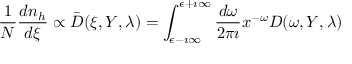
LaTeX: \frac { 1 } { N } \frac { d n _ { h } } { d \xi } \propto \bar { D } ( \xi , Y , \lambda ) = \int _ { \epsilon - \imath \infty } ^ { \epsilon + \imath \infty } \frac { d \omega } { 2 \pi \imath } x ^ { - \omega } D ( \omega , Y , \lambda )